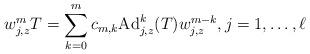
LaTeX: \begin{align*} w_{j,z}^m T = \sum_{k=0}^m c_{m,k} {\rm Ad}_{j,z}^k(T) w_{j,z}^{m-k}, j=1,\dots,\ell \end{align*}